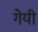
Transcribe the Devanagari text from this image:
गेयी